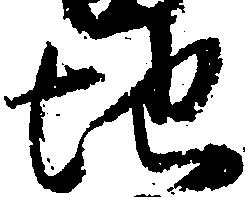
地